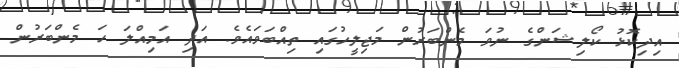
އިދިކޮޅު ކޯލިޝަންގެ ނުވަ މެންބަރުން މަޖިލީހުގައި ތިއްބަވައެވެ. އަދި އަމިއްލަ ހަ މެންބަރުން